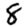
Digit: 8